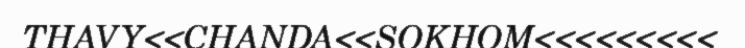
THAVY<<CHANDA<<SOKHOM<<<<<<<<<